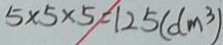
5 \times 5 \times 5 = 1 2 5 ( d m ^ { 3 } )